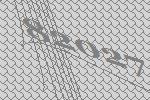
82027